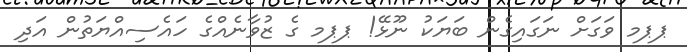
ޕޕމ ވަގަށް ނަގައިގެން ބަޔަކު ނޫޅޭ! ޕޕމ ގެ ޒުވާނެއްގެ ހައެސިއްޔަތުން އަދި